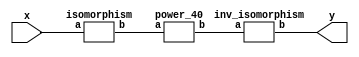
`timescale 1ns/100ps
module SMSS23_40_nn_8_6(x,y);
	 input [5:0] x;
	 output [5:0] y;
	 wire [5:0] w;
	 wire [5:0] p;
	 isomorphism C2 (x,w);
	 power_40 C3 (w,p);
	 inv_isomorphism C4 (p,y);
endmodule

module square_base(a,b);
	 input [1:0] a;
	 output [1:0] b;
	 assign b[0]=a[1];
	 assign b[1]=a[0];
endmodule

module add_base(a,b,c);
	 input [1:0] a;
	 input [1:0] b;
	 output [1:0] c;
	 assign c[0]=a[0]^b[0];
	 assign c[1]=a[1]^b[1];
endmodule

module multiplication_base(a,b,c);
	 input [1:0] a;
	 input [1:0] b;
	 output [1:0] c;
	 wire t;
	 assign t=(a[0]&b[1])^(a[1]&b[0]);
	 assign c[0]=(a[1]&b[1])^t;
	 assign c[1]=(a[0]&b[0])^t;
endmodule
module power_40(a,b);
	 input [5:0] a;
	 output [5:0] b;
	 wire [1:0] x_0;
	 wire [1:0] x_1;
	 wire [1:0] x_2;
	 wire [1:0] y_0;
	 wire [1:0] y_1;
	 wire [1:0] y_2;
	 wire [1:0] y_3;
	 wire [1:0] y_4;
	 wire [1:0] y_5;
	 wire [1:0] z_00;
	 wire [1:0] z_01;
	 wire [1:0] z_10;
	 wire [1:0] z_11;
	 wire [1:0] z_20;
	 wire [1:0] z_21;
	 assign x_0[0]=a[0];
	 assign x_0[1]=a[1];
	 assign x_1[0]=a[2];
	 assign x_1[1]=a[3];
	 assign x_2[0]=a[4];
	 assign x_2[1]=a[5];
	 square_base  A1 (x_0,y_0);
	 square_base A2 (x_1,y_1);
	 square_base A3 (x_2,y_2);
	 multiplication_base A4 (y_0,y_1,y_3);
	 multiplication_base A5 (y_0,y_2,y_4);
	 multiplication_base A6 (y_1,y_2,y_5);
	 add_base B00 (x_0,x_2,z_00);
	 add_base B01 (y_3,z_00,z_01);
	 add_base B10 (x_0,x_1,z_10);
	 add_base B11 (y_5,z_10,z_11);
	 add_base B20 (x_1,x_2,z_20);
	 add_base B21 (y_4,z_20,z_21);
	 assign b[0]=z_21[0];
	 assign b[1]=z_21[1];
	 assign b[2]=z_01[0];
	 assign b[3]=z_01[1];
	 assign b[4]=z_11[0];
	 assign b[5]=z_11[1];
endmodule

module inv_isomorphism(a,b);
	 input [5:0] a;
	 output [5:0] b;
	 assign b[0]=a[3];
	 assign b[1]=a[1]^a[4];
	 assign b[2]=a[1]^a[3]^a[4]^a[5];
	 assign b[3]=a[0]^a[1]^a[3];
	 assign b[4]=a[1];
	 assign b[5]=a[2]^a[3]^a[5];
endmodule

module isomorphism(a,b);
	 input [5:0] a;
	 output [5:0] b;
	 assign b[0]=a[5];
	 assign b[1]=a[2]^a[4]^a[5];
	 assign b[2]=a[1]^a[2]^a[5];
	 assign b[3]=a[0]^a[3];
	 assign b[4]=a[4]^a[5];
	 assign b[5]=a[0]^a[1];
endmodule